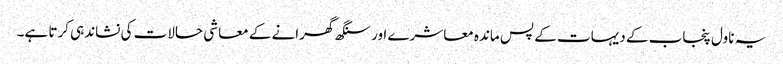
یہ ناول پنجاب کے دیہات کے پس ماندہ معاشرے اور سنگھ گھرانے کے معاشی حالات کی نشاندہی کرتا ہے۔